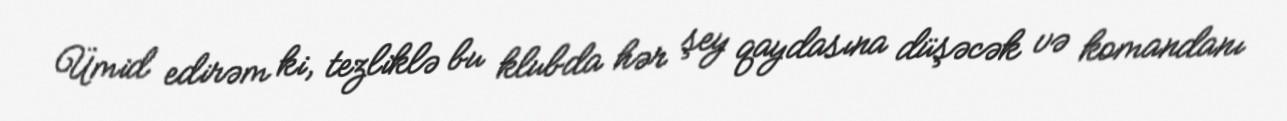
Ümid edirəm ki, tezliklə bu klubda hər şey qaydasına düşəcək və komandanı